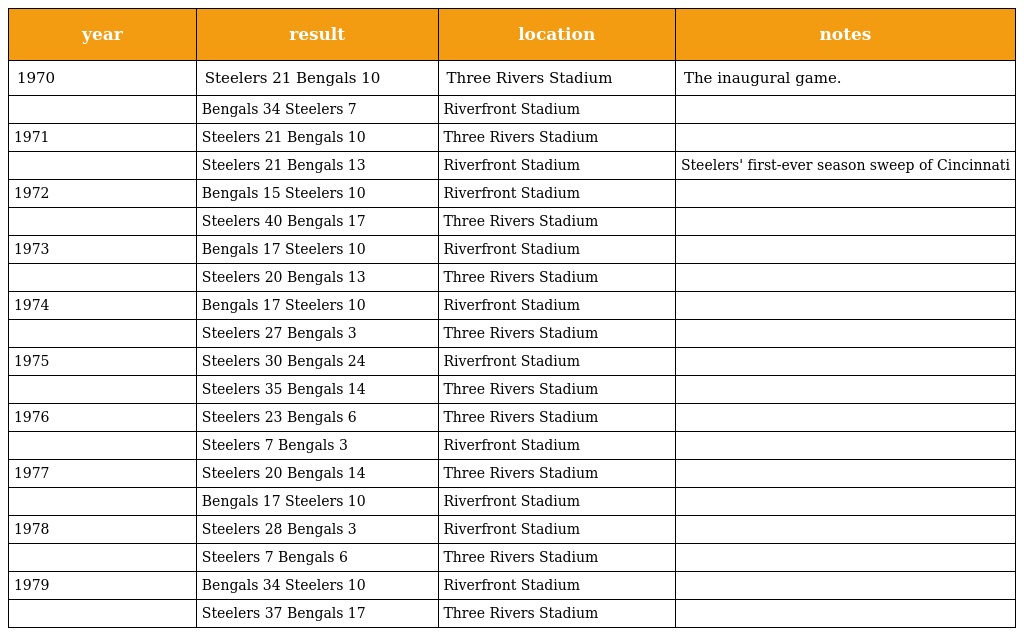
| year | result | location | notes |
 | --- | --- | --- | --- |
 | 1970 | Steelers 21 Bengals 10 | Three Rivers Stadium | The inaugural game. |
 |  | Bengals 34 Steelers 7 | Riverfront Stadium |  |
 | 1971 | Steelers 21 Bengals 10 | Three Rivers Stadium |  |
 |  | Steelers 21 Bengals 13 | Riverfront Stadium | Steelers' first-ever season sweep of Cincinnati |
 | 1972 | Bengals 15 Steelers 10 | Riverfront Stadium |  |
 |  | Steelers 40 Bengals 17 | Three Rivers Stadium |  |
 | 1973 | Bengals 17 Steelers 10 | Riverfront Stadium |  |
 |  | Steelers 20 Bengals 13 | Three Rivers Stadium |  |
 | 1974 | Bengals 17 Steelers 10 | Riverfront Stadium |  |
 |  | Steelers 27 Bengals 3 | Three Rivers Stadium |  |
 | 1975 | Steelers 30 Bengals 24 | Riverfront Stadium |  |
 |  | Steelers 35 Bengals 14 | Three Rivers Stadium |  |
 | 1976 | Steelers 23 Bengals 6 | Three Rivers Stadium |  |
 |  | Steelers 7 Bengals 3 | Riverfront Stadium |  |
 | 1977 | Steelers 20 Bengals 14 | Three Rivers Stadium |  |
 |  | Bengals 17 Steelers 10 | Riverfront Stadium |  |
 | 1978 | Steelers 28 Bengals 3 | Riverfront Stadium |  |
 |  | Steelers 7 Bengals 6 | Three Rivers Stadium |  |
 | 1979 | Bengals 34 Steelers 10 | Riverfront Stadium |  |
 |  | Steelers 37 Bengals 17 | Three Rivers Stadium |  |